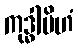
ကုဒ္ဓါပိဟံ